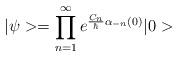
LaTeX: \begin{align*}| \psi > = \prod_{n=1}^{\infty} e^{{C_n \over \hbar} \alpha_{-n}(0)} | 0 >\end{align*}